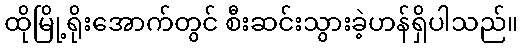
ထိုမြို့ရိုးအောက်တွင် စီးဆင်းသွားခဲ့ဟန်ရှိပါသည်။